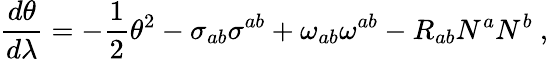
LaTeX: \frac{d\theta}{d\lambda}=-\frac{1}{2}\theta^{2}-\sigma_{ab}\sigma^{ab}+\omega_{ab}\omega^{ab}-R_{ab}N^{a}N^{b}\ ,